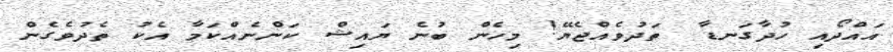
އައްދޯއި ހުދާގަނޑާ  ތަދުވެއްޖެޔޭ! މިހެން ބުނެ ޔައިޝް ކަންނެއްކަމާ އެކު ތެދުވެގެން